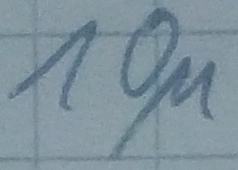
Text: 10µ